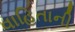
વાહિતાની